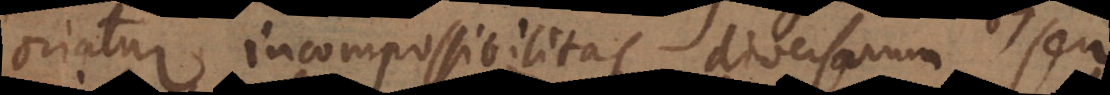
oriatur incompossibilitas diversarum, seu